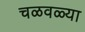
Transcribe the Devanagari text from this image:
चळवळ्या